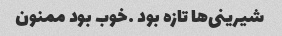
شیرینی‌ها تازه بود …خوب بود ممنون